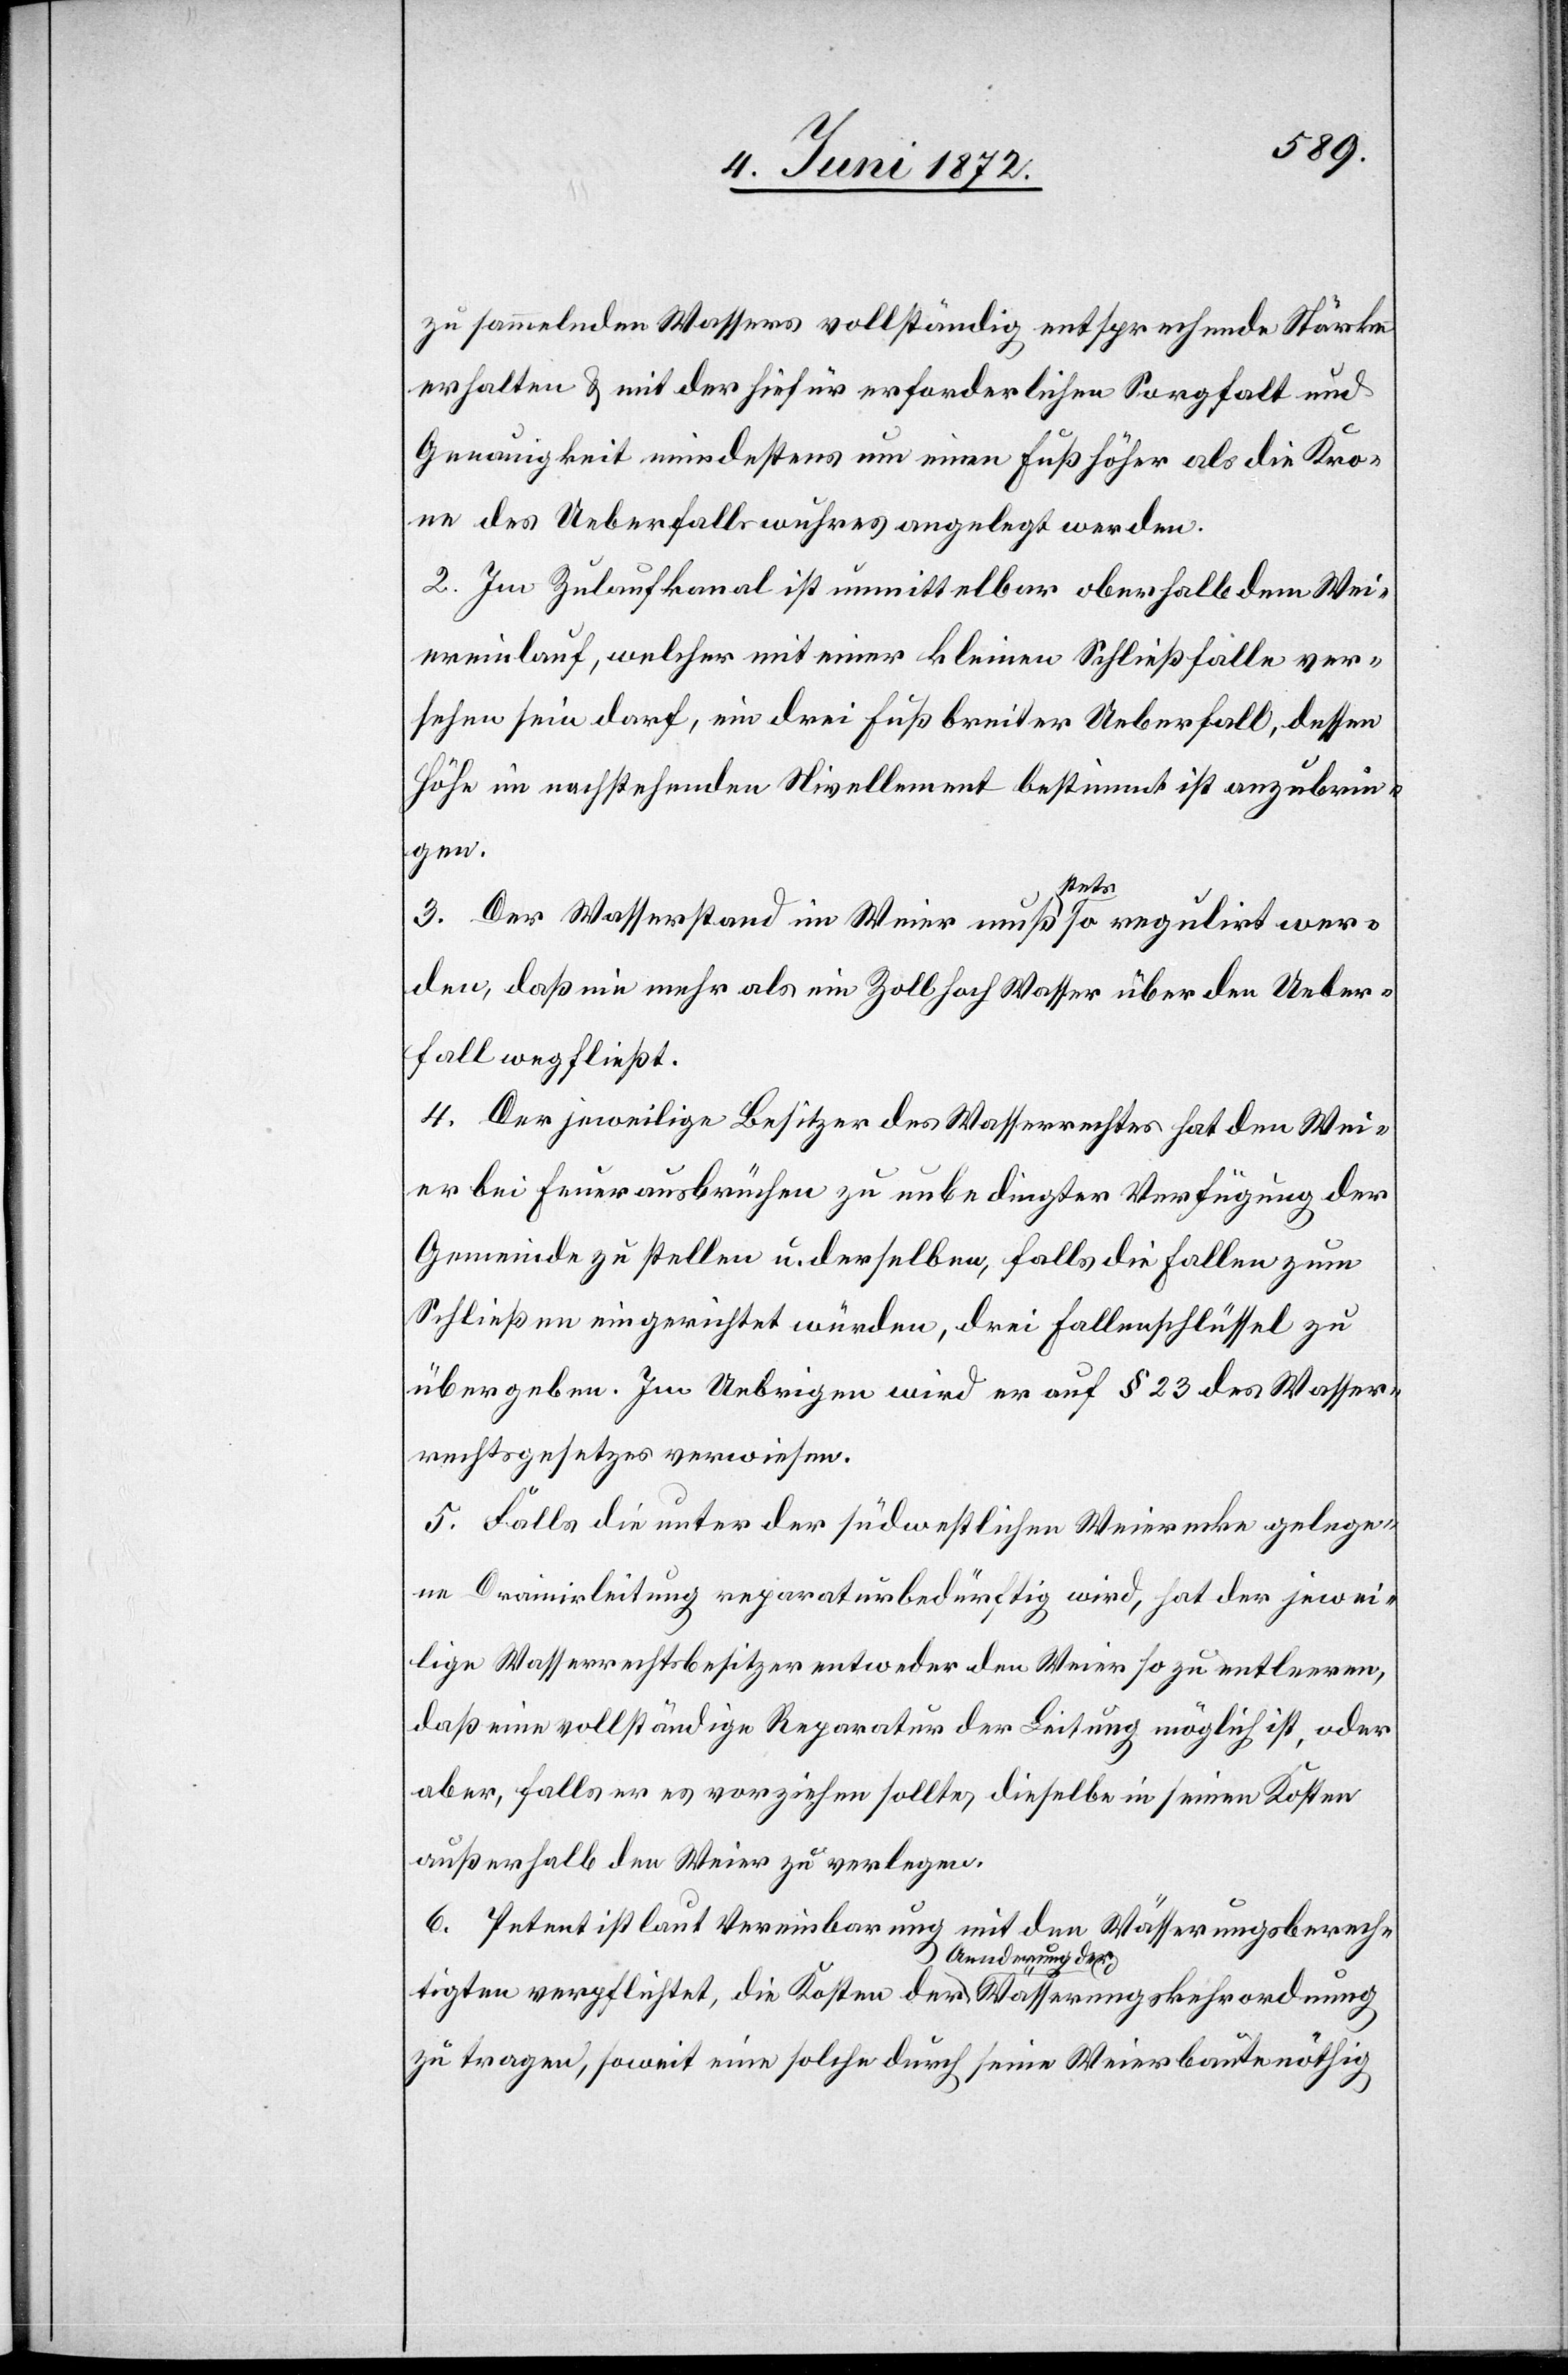
zu sammelnden Wassers vollständig entsprechende Stärke
erhalten u. mit der hiefür erforderlichen Sorgfalt und
Genauigkeit mindestens um einen Fuß höher als die Kro¬
ne des Ueberfallswuhres angelegt werden.
2. Im Zulaufkanal ist unmittelbar oberhalb dem Wei¬
ereinlauf, welcher mit einer kleinen Schließfalle ver¬
sehen sein darf, ein drei Fuß breiter Ueberfall, dessen
Höhe im nachstehenden Nivellement bestimmt ist[,] anzubrin¬
dnung
skehror¬
3. Der Wasserstand im Weier muß stets so regulirt wer¬
den, daß nie mehr als ein Zoll hoch Wasser über den Ueber¬
fall wegfließt.
4. Der jeweilige Besitzer des Wasserrechtes hat den Wei¬
er bei Feuerausbrüchen zu unbedingter Verfügung der
Gemeinde zu stellen u. derselben, falls die Fallen zum
Schließen eingerichtet würden, drei Fallenschlüssel zu
übergeben. Im Uebrigen wird er auf § 23 des Wasser¬
rechtsgesetzes verwiesen.
5. Falls die unter der südwestlichen Weierecke gelege¬
ne Drainirleitung reparaturbedürftig wird, hat der jewei¬
lige Wasserrechtsbesitzer entweder den Weier so zu entleeren,
daß eine vollständige Reparatur der Leitung möglich ist, oder
aber, falls er es vorziehen sollte, dieselbe in seinen Kosten
außerhalb den Weier zu verlegen.
6. Petent ist laut Vereinbarung mit den Wasserungsberech¬
tigten verpflichtet, die Kosten der Aenderung der Wässerung¬
zu tragen, soweit eine solche durch seine Weierbaute nöthig